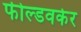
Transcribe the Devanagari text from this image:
फील्डवर्कर